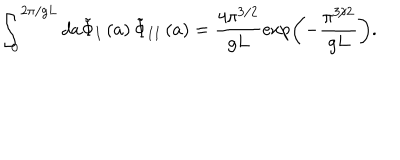
LaTeX: \int _ { 0 } ^ { 2 \pi / g L } d a \tilde { \Phi } _ { I } \left( a \right) \tilde { \Phi } _ { I I } \left( a \right) = \frac { 4 \pi ^ { 3 / 2 } } { g L } \exp \left( - \frac { \pi ^ { 3 / 2 } } { g L } \right) .